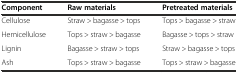
<table><thead><tr><td><b>Component</b></td><td><b>Raw materials</b></td><td><b>Pretreated materials</b></td></tr></thead><tbody><tr><td>Cellulose</td><td>Straw &gt; bagasse &gt; tops</td><td>Tops &gt; bagasse &gt; straw</td></tr><tr><td>Hemicellulose</td><td>Tops &gt; straw &gt; bagasse</td><td>Bagasse &gt; tops &gt; straw</td></tr><tr><td>Lignin</td><td>Bagasse &gt; straw &gt; tops</td><td>Straw &gt; bagasse &gt; tops</td></tr><tr><td>Ash</td><td>Tops &gt; straw &gt; bagasse</td><td>Tops &gt; straw &gt; bagasse</td></tr></tbody></table>